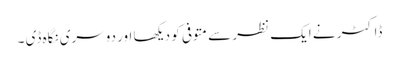
ڈاکٹر نے ایک نظر سے متوفی کو دیکھا اور دوسری نگاہ ڈی ۔